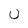
Character: U